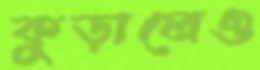
কুড়ালেও